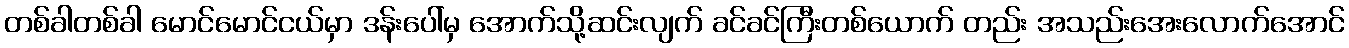
တစ်ခါတစ်ခါ မောင်မောင်ငယ်မှာ ဒန်းပေါ်မှ အောက်သို့ဆင်းလျက် ခင်ခင်ကြီးတစ်ယောက် တည်း အသည်းအေးလောက်အောင်